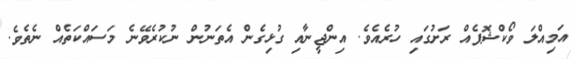
އަމިއްލަ ވޯކްޝޮޕެއް ރަށުގައި ހުރެއެވެ. އިންޖީނާއި ގުޅިގެން އެތަނުން ނުކުރެވޭނެ މަސައްކަތެއް ނެތެވެ.